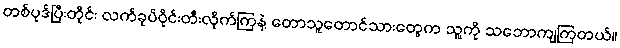
တစ်ပုဒ်ပြီးတိုင်း လက်ခုပ်ဝိုင်းတီးလိုက်ကြနဲ့ တောသူတောင်သားတွေက သူ့ကို သဘောကျကြတယ်။